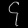
Digit: ၄